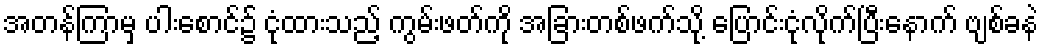
အတန်ကြာမှ ပါးစောင်၌ ငုံထားသည့် ကွမ်းဖတ်ကို အခြားတစ်ဖက်သို့ ပြောင်းငုံလိုက်ပြီးနောက် ဗျစ်ခနဲ